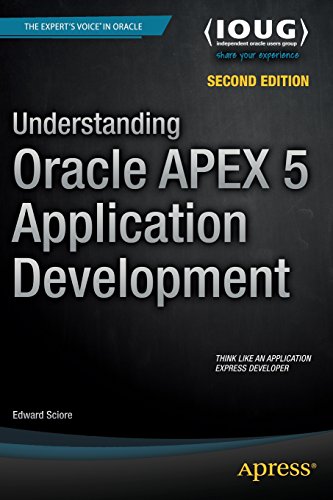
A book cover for Understanding Oracle APEX 5 Application Development; Edward Sciore; Computers & Technology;